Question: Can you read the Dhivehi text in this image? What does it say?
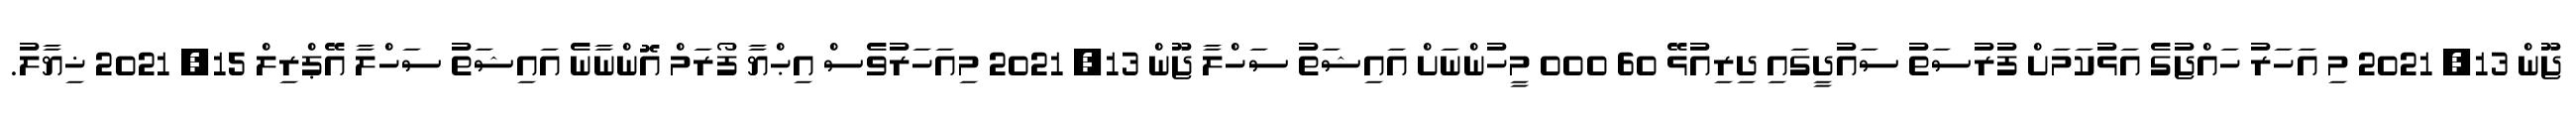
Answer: ޖޫން 13, 2021 މި އަހަރު ހައްޖުގެ އަޅުކަމަށް ފުރުސަތު ސައުދީގައި ދިރިއުޅޭ 60 000 މީހުންނަށް އައިޝަތު ސަހްލާ ޖޫން 13, 2021 މިއަހަރުވެސް އިޙްޔާ ފޯރަމް އޮންނާނެ އައިޝަތު ސަހްލާ އޭޕްރިލް 15, 2021 ޚިޔާލު.